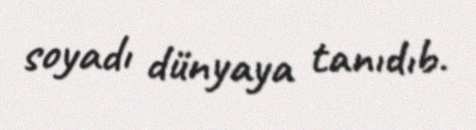
soyadı dünyaya tanıdıb.